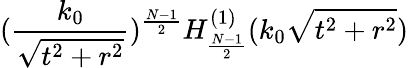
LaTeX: (\frac{k_{0}}{\sqrt{t^{2}+r^{2}}})^{\frac{N-1}{2}}H_{\frac{N-1}{2}}^{(1)}(k_{0}\sqrt{t^{2}+r^{2}})